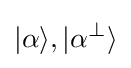
|\alpha \rangle ,|\alpha ^{\perp }\rangle